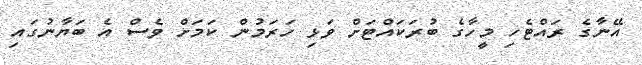
އޭނާގެ ރައްޓެހި މީހާގެ ބުރަކައްޓަށް ވަޅި ހަރަމުން ކަމަށް ވެސް އެ ބަޔާނުގައި